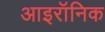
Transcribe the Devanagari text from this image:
आइरॉनिक